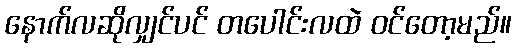
နောက်လဆိုလျှင်ပင် တပေါင်းလထဲ ဝင်တော့မည်။